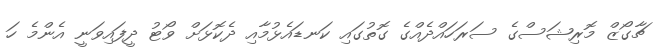
ޗާގޯޒް މޮރިޝަސްގެ ސަރަހައްދެއްގެ ގޮތުގައި ކަނޑައެޅުމާއި ދެކޮޅަށް ވޯޓު ދީފައިވަނީ އެންމެ ހަ